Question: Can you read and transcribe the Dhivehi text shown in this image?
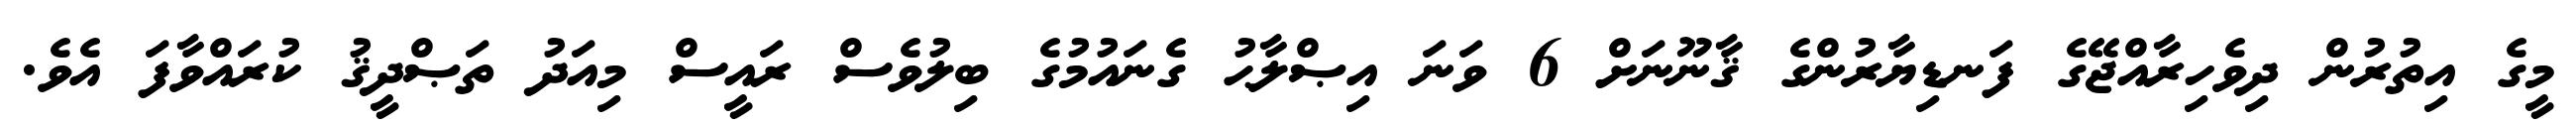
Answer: މީގެ އިތުރުން ދިވެހިރާއްޖޭގެ ފަނޑިޔާރުންގެ ޤާނޫނަށް 6 ވަނަ އިޞްލާޙު ގެނައުމުގެ ބިލުވެސް ރައީސް މިއަދު ތަޞްދީޤު ކުރައްވާފަ އެވެ.